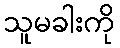
သူမခါးကို